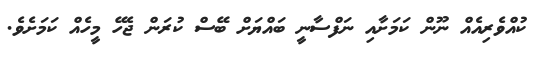
ކުއްވެރިއެއް ނޫން ކަމަށާއި ނަފްސާނީ ބައްޔަށް ބޭސް ކުރަން ޖެހޭ މީހެއް ކަމަށެވެ.